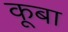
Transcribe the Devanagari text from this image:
कूबा